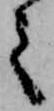
之